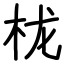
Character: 栊